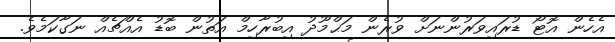
އެހެން އޮޓޯ ޑުރައިވަރުންނަށް ވުރެން މަޙްމޫދު އިބުރާހިމް އަތުން ބޮޑު އެއްޗެއް ނަގާކަމެވެ.